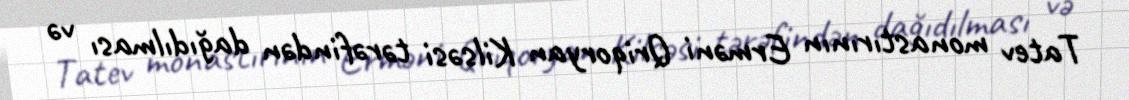
Tatev monastırının Erməni Qriqoryan Kilsəsi tərəfindən dağıdılması və